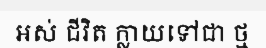
អស់ ជីវិត ក្លាយទៅជា ថ្ម